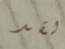
لقد